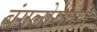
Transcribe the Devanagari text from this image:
बंगलोरातही